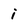
Character: i